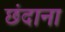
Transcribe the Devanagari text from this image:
छंदाना